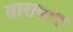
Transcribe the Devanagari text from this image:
तारावाड